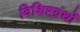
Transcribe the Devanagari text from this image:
विशिष्टग्रंथों